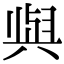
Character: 𫤰